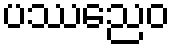
ပဿညေဝ